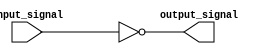
module inverter_delay (
    input wire input_signal,
    output reg output_signal
);

always @(*) begin
    #1 output_signal = ~input_signal;
end

endmodule